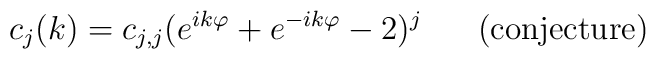
c_j(k)=c_{j,j}(e^{ik\varphi}+e^{-ik\varphi}-2)^j\;\;\;\;\;\;\mbox{(conjecture)}